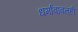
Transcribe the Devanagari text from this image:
धर्मांबाबतही